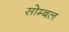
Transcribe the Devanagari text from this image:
सोम्बल